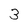
Character: 3